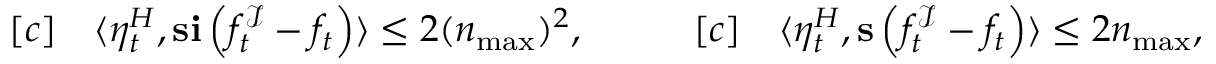
\begin{array} { r l } { [ c ] } & { { } \langle \eta _ { t } ^ { H } , \mathbf { s } \mathbf { i } \left( f _ { t } ^ { \mathcal { I } } - f _ { t } \right) \rangle \leq 2 ( n _ { \operatorname* { m a x } } ) ^ { 2 } , } \end{array} \quad \quad \begin{array} { r l } { [ c ] } & { { } \langle \eta _ { t } ^ { H } , \mathbf { s } \left( f _ { t } ^ { \mathcal { I } } - f _ { t } \right) \rangle \leq 2 n _ { \operatorname* { m a x } } , } \end{array}